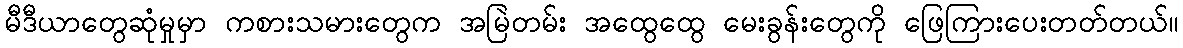
မီဒီယာတွေဆုံမှုမှာ ကစားသမားတွေက အမြဲတမ်း အထွေထွေ မေးခွန်းတွေကို ဖြေကြားပေးတတ်တယ်။